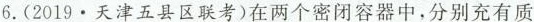
6. (2019\cdot 天津五县区联考)在两个密闭容器中，分别充有质